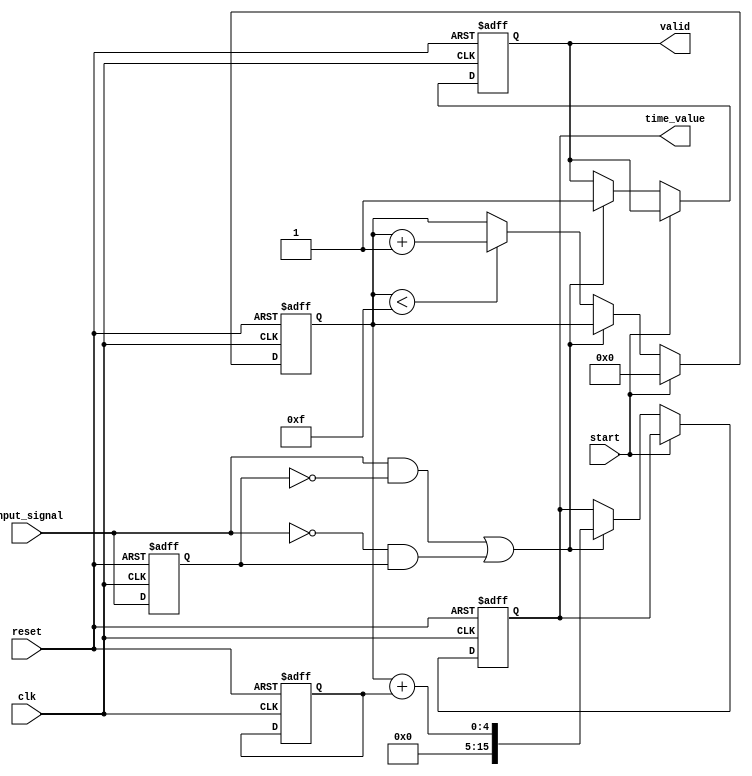
module HybridTDC (
    input wire clk,                   // High-frequency clock
    input wire reset,                 // Reset signal
    input wire start,                 // Start measurement signal
    input wire input_signal,           // Input signal to measure time interval
    output reg [15:0] time_value,     // Digital output representing the measured time interval
    output reg valid                  // Valid signal for output data
);

    // Parameters for delay elements and memory depth
    parameter NUM_DELAY_ELEMENTS = 8;
    parameter MEMORY_DEPTH = 16;

    // Internal signals
    reg [NUM_DELAY_ELEMENTS-1:0] delay_line; // Delay line for time stretching
    reg [3:0] counter;                      // Digital counter
    reg [3:0] mem_write_ptr;               // Write pointer for memory
    reg [15:0] memory [0:MEMORY_DEPTH-1];  // Memory block (FIFO)
    reg previous_signal;                    // Previous state of input signal
    wire edge_detected;                    // Edge detection signal

    // Calibration logic (simple implementation for demonstration)
    reg [3:0] calibration_offset;          // Offset for calibration

    // Edge detection logic (rising and falling edge)
    assign edge_detected = (input_signal & ~previous_signal) | (~input_signal & previous_signal);

    // Sequential logic for memory write and measurement
    always @(posedge clk or posedge reset) begin
        if (reset) begin
            // Initialize values
            time_value <= 0;
            valid <= 0;
            counter <= 0;
            mem_write_ptr <= 0;
            previous_signal <= 0;
            calibration_offset <= 1;  // Example calibration offset
        end else begin
            // Capture the previous state of the input signal
            previous_signal <= input_signal;

            // If measurement is started, reset counter
            if (start) begin
                counter <= 0;
            end else if (edge_detected) begin
                // Capture time interval on edge detection
                time_value <= counter + calibration_offset; // Apply calibration
                valid <= 1;

                // Store the value in memory
                memory[mem_write_ptr] <= time_value;
                mem_write_ptr <= (mem_write_ptr + 1) % MEMORY_DEPTH; // Circular FIFO
            end else if (counter < 15) begin
                // Increment counter during measurement
                counter <= counter + 1;
            end
        end
    end

    // Memory read logic (optional, can be triggered by external control)
    // This part can be extended based on how the memory needs to be accessed.
    
    // Output interface logic could be added as needed

endmodule